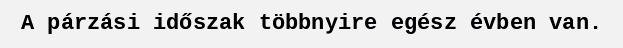
A párzási időszak többnyire egész évben van.